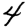
Digit: 4